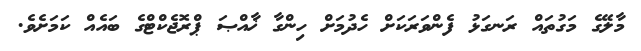
މާލޭގެ މަގުތައް ރަނގަޅު ފެންވަރަކަށް ހެދުމަށް ހިންގާ ޚާއްޞަ ޕްރޮޖެކްޓްގެ ބައެއް ކަމަށެވެ.